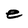
Character: e